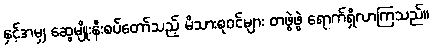
နှင့်အမျှ ဆွေမျိုးနီးစပ်တော်သည့် မိသားစုဝင်များ တဖွဲဖွဲ ရောက်ရှိလာကြသည်။